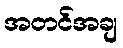
အတင်အချ